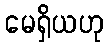
မေရှိယဟု